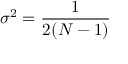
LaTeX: \sigma ^ { 2 } = { \frac { 1 } { 2 ( N - 1 ) } }